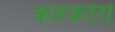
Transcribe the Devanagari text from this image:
कारकटेर्रा